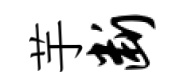
芋断